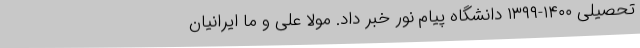
تحصیلی ۱۴۰۰-۱۳۹۹ دانشگاه پیام نور خبر داد. مولا علی و ما ایرانیان